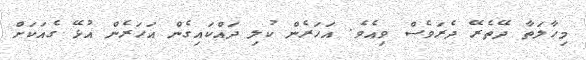
މިހާލަތާ ދޭތެރޭ ދެރަވެސް ވިއެވެ. އަހަރެން ކުލި ދައްކައިގެން އަހަރެން އުޅޭ ގެއަކަށް